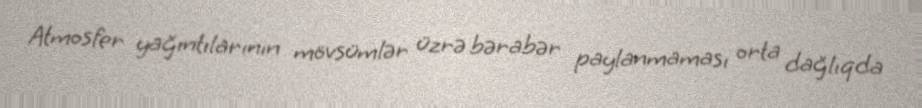
Atmosfer yağıntılarının mövsümlər üzrə bərabər paylanmaması orta dağlıqda